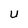
Character: u